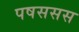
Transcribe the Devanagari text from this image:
पषससस